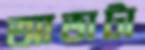
আভাটা